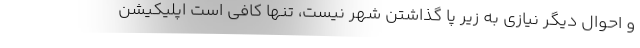
و احوال دیگر نیازی به زیر پا گذاشتن شهر نیست، تنها کافی است اپلیکیشن